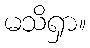
မသိရှာ။